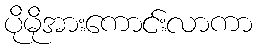
ပိုမိုအားကောင်းလာကာ